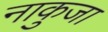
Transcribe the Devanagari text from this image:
नाकुजा